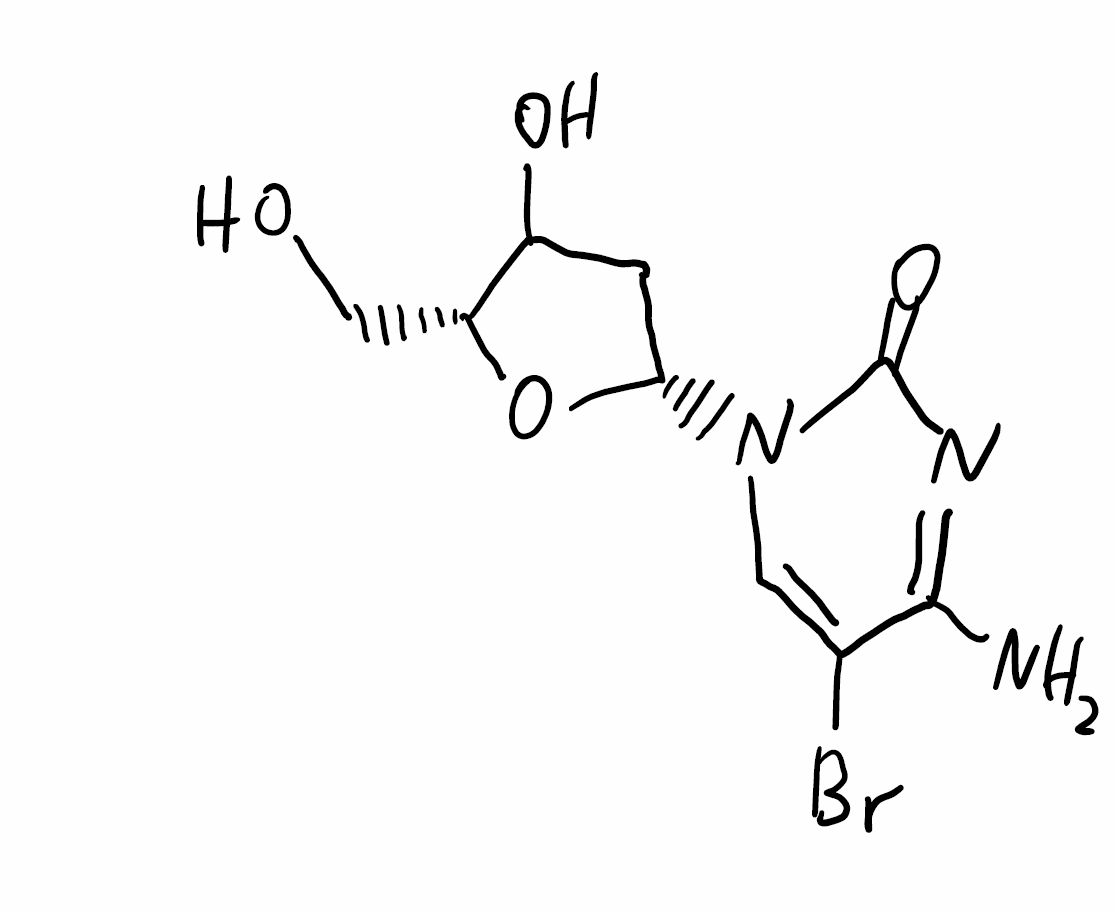
Simplified molecular-input line-entry system (SMILES) notation of the given molecule:
C1[C@@H](O[C@@H](C1O)CO)N2C=C(C(=NC2=O)N)Br